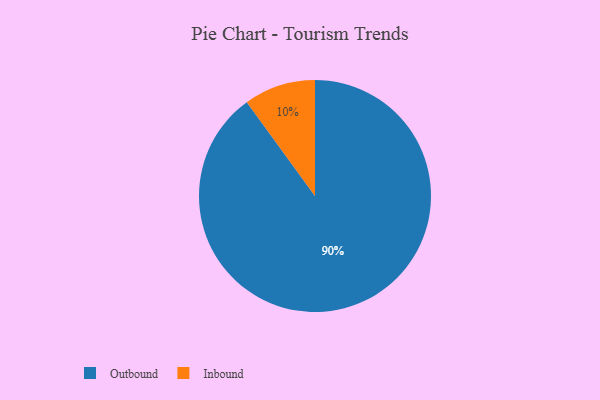
{"axis": {"x": "Category", "y": "Percentage"}, "legend": ["Inbound", "Outbound"], "data": [{"x": "Inbound", "y": 10, "type": "Inbound"}, {"x": "Outbound", "y": 90, "type": "Outbound"}]}